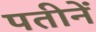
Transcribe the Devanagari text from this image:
पतीनें